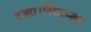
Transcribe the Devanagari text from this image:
रखा।सितम्बर